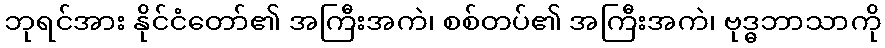
ဘုရင်အား နိုင်ငံတော်၏ အကြီးအကဲ၊ စစ်တပ်၏ အကြီးအကဲ၊ ဗုဒ္ဓဘာသာကို